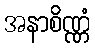
အနာစိဏ္ဏံ